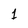
Character: 1